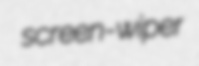
screen-wiper